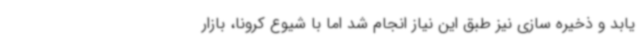
یابد و ذخیره سازی نیز طبق این نیاز انجام شد اما با شیوع کرونا، بازار